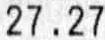
27.27